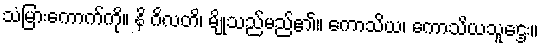
သံမြားကောက်ကို။ နိ ဂိလတိ၊ မျိုသည်မည်၏။ ကောသိယ၊ ကောသိယသူဌေး။